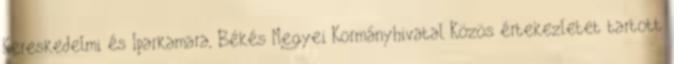
Kereskedelmi és Iparkamara, Békés Megyei Kormányhivatal Közös értekezletet tartott